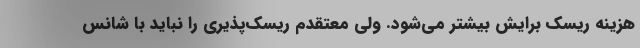
هزینه ریسک برایش بیشتر می‌شود. ولی معتقدم ریسک‌پذیری را نباید با شانس